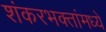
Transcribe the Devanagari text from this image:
शंकरभक्तांमध्ये